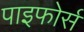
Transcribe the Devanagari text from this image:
पाइफोर्स